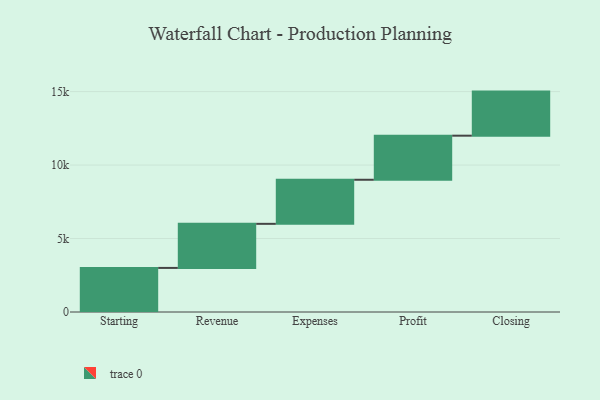
{"axis": {"x": "Step", "y": "Value"}, "legend": [""], "data": [{"x": "Starting", "y": 3000, "type": ""}, {"x": "Revenue", "y": 3000, "type": ""}, {"x": "Expenses", "y": 3000, "type": ""}, {"x": "Profit", "y": 3000, "type": ""}, {"x": "Closing", "y": 3000, "type": ""}]}